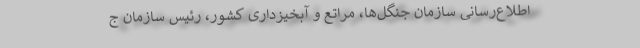
اطلاع‌رسانی سازمان جنگل‌ها، مراتع و آبخیزداری کشور، رئیس سازمان ج